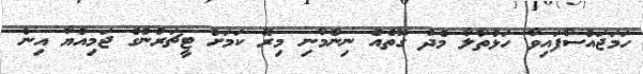
ހަމަޖައްސާފައިވާ ހަޅުތާލާ މެދު ގޮތެއް ނިންމާނި މިރޭ ކަމަށް ޓީޗަރުންގެ ޖަމިއްޔާ އިން